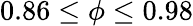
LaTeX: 0.86\le\phi\le 0.98